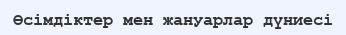
Өсімдіктер мен жануарлар дүниесі